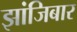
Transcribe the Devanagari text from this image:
झांजिबार